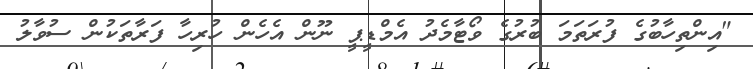
"އިންތިހާބުގެ ފުރަތަމަ ބުރުގެ ވޯޓާމެދު އެމްޑީޕީ ނޫން އެހެން ހުރިހާ ފަރާތަކުން ސުވާލު